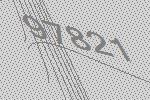
97821